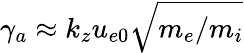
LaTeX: \gamma_{a}\approx k_{z}u_{e0}\sqrt{m_{e}/m_{i}}